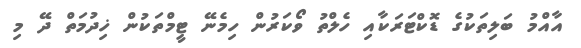
އާއްމު ބަލިތަކުގެ ޑޮކްޓަރަކާއި ހެލްތު ވޯކަރުން ހިމެނޭ ޓީމްތަކުން ޚިދުމަތް ދޭ މި